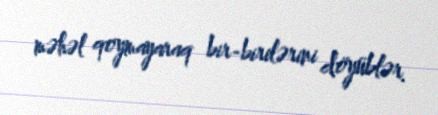
məhəl qoymayaraq bir-birilərini döyüblər.